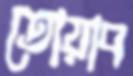
তোয়াব